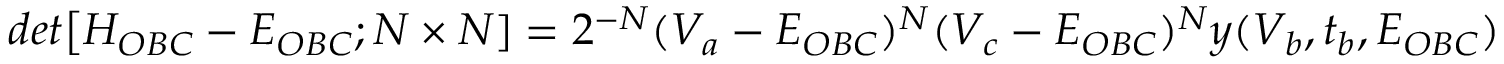
d e t \big [ H _ { O B C } - E _ { O B C } ; N \times N ] = 2 ^ { - N } ( V _ { a } - E _ { O B C } ) ^ { N } ( V _ { c } - E _ { O B C } ) ^ { N } y ( V _ { b } , t _ { b } , E _ { O B C } )